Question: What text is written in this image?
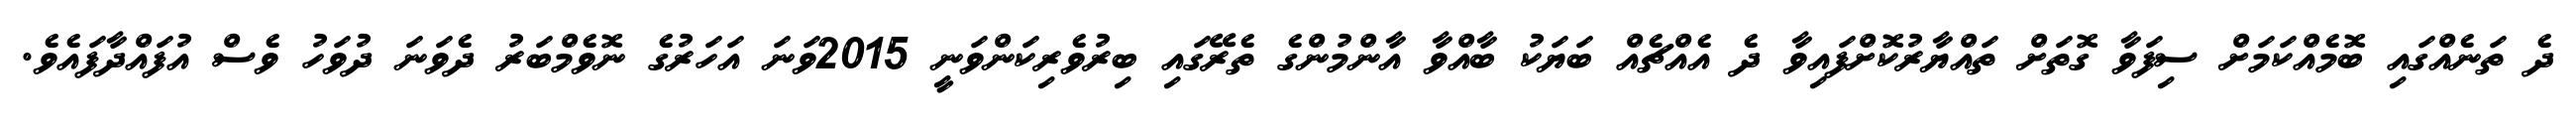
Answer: ދެ ތަނެއްގައި ބޮމެއްކަމަށް ސިފަވާ ގޮތަށް ތައްޔާރުކޮށްފައިވާ ދެ އެއްޗެއް ބަޔަކު ބާއްވާ އާންމުންގެ ތެރޭގައި ބިރުވެރިކަންވަނީ 2015ވަނަ އަހަރުގެ ނޮވެމްބަރު ދެވަނަ ދުވަހު ވެސް އުފައްދާފައެވެ.